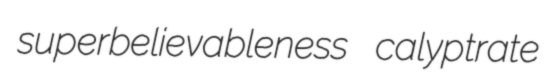
superbelievableness calyptrate